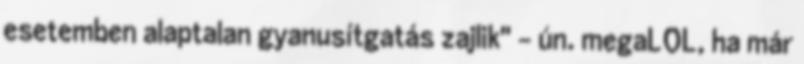
esetemben alaptalan gyanusítgatás zajlik" - ún. megaLOL, ha már